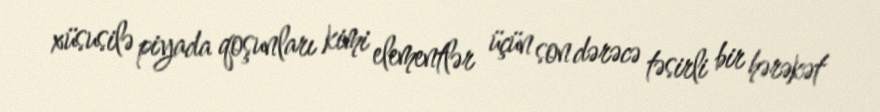
xüsusilə piyada qoşunları kimi elementlər üçün son dərəcə təsirli bir hərəkət